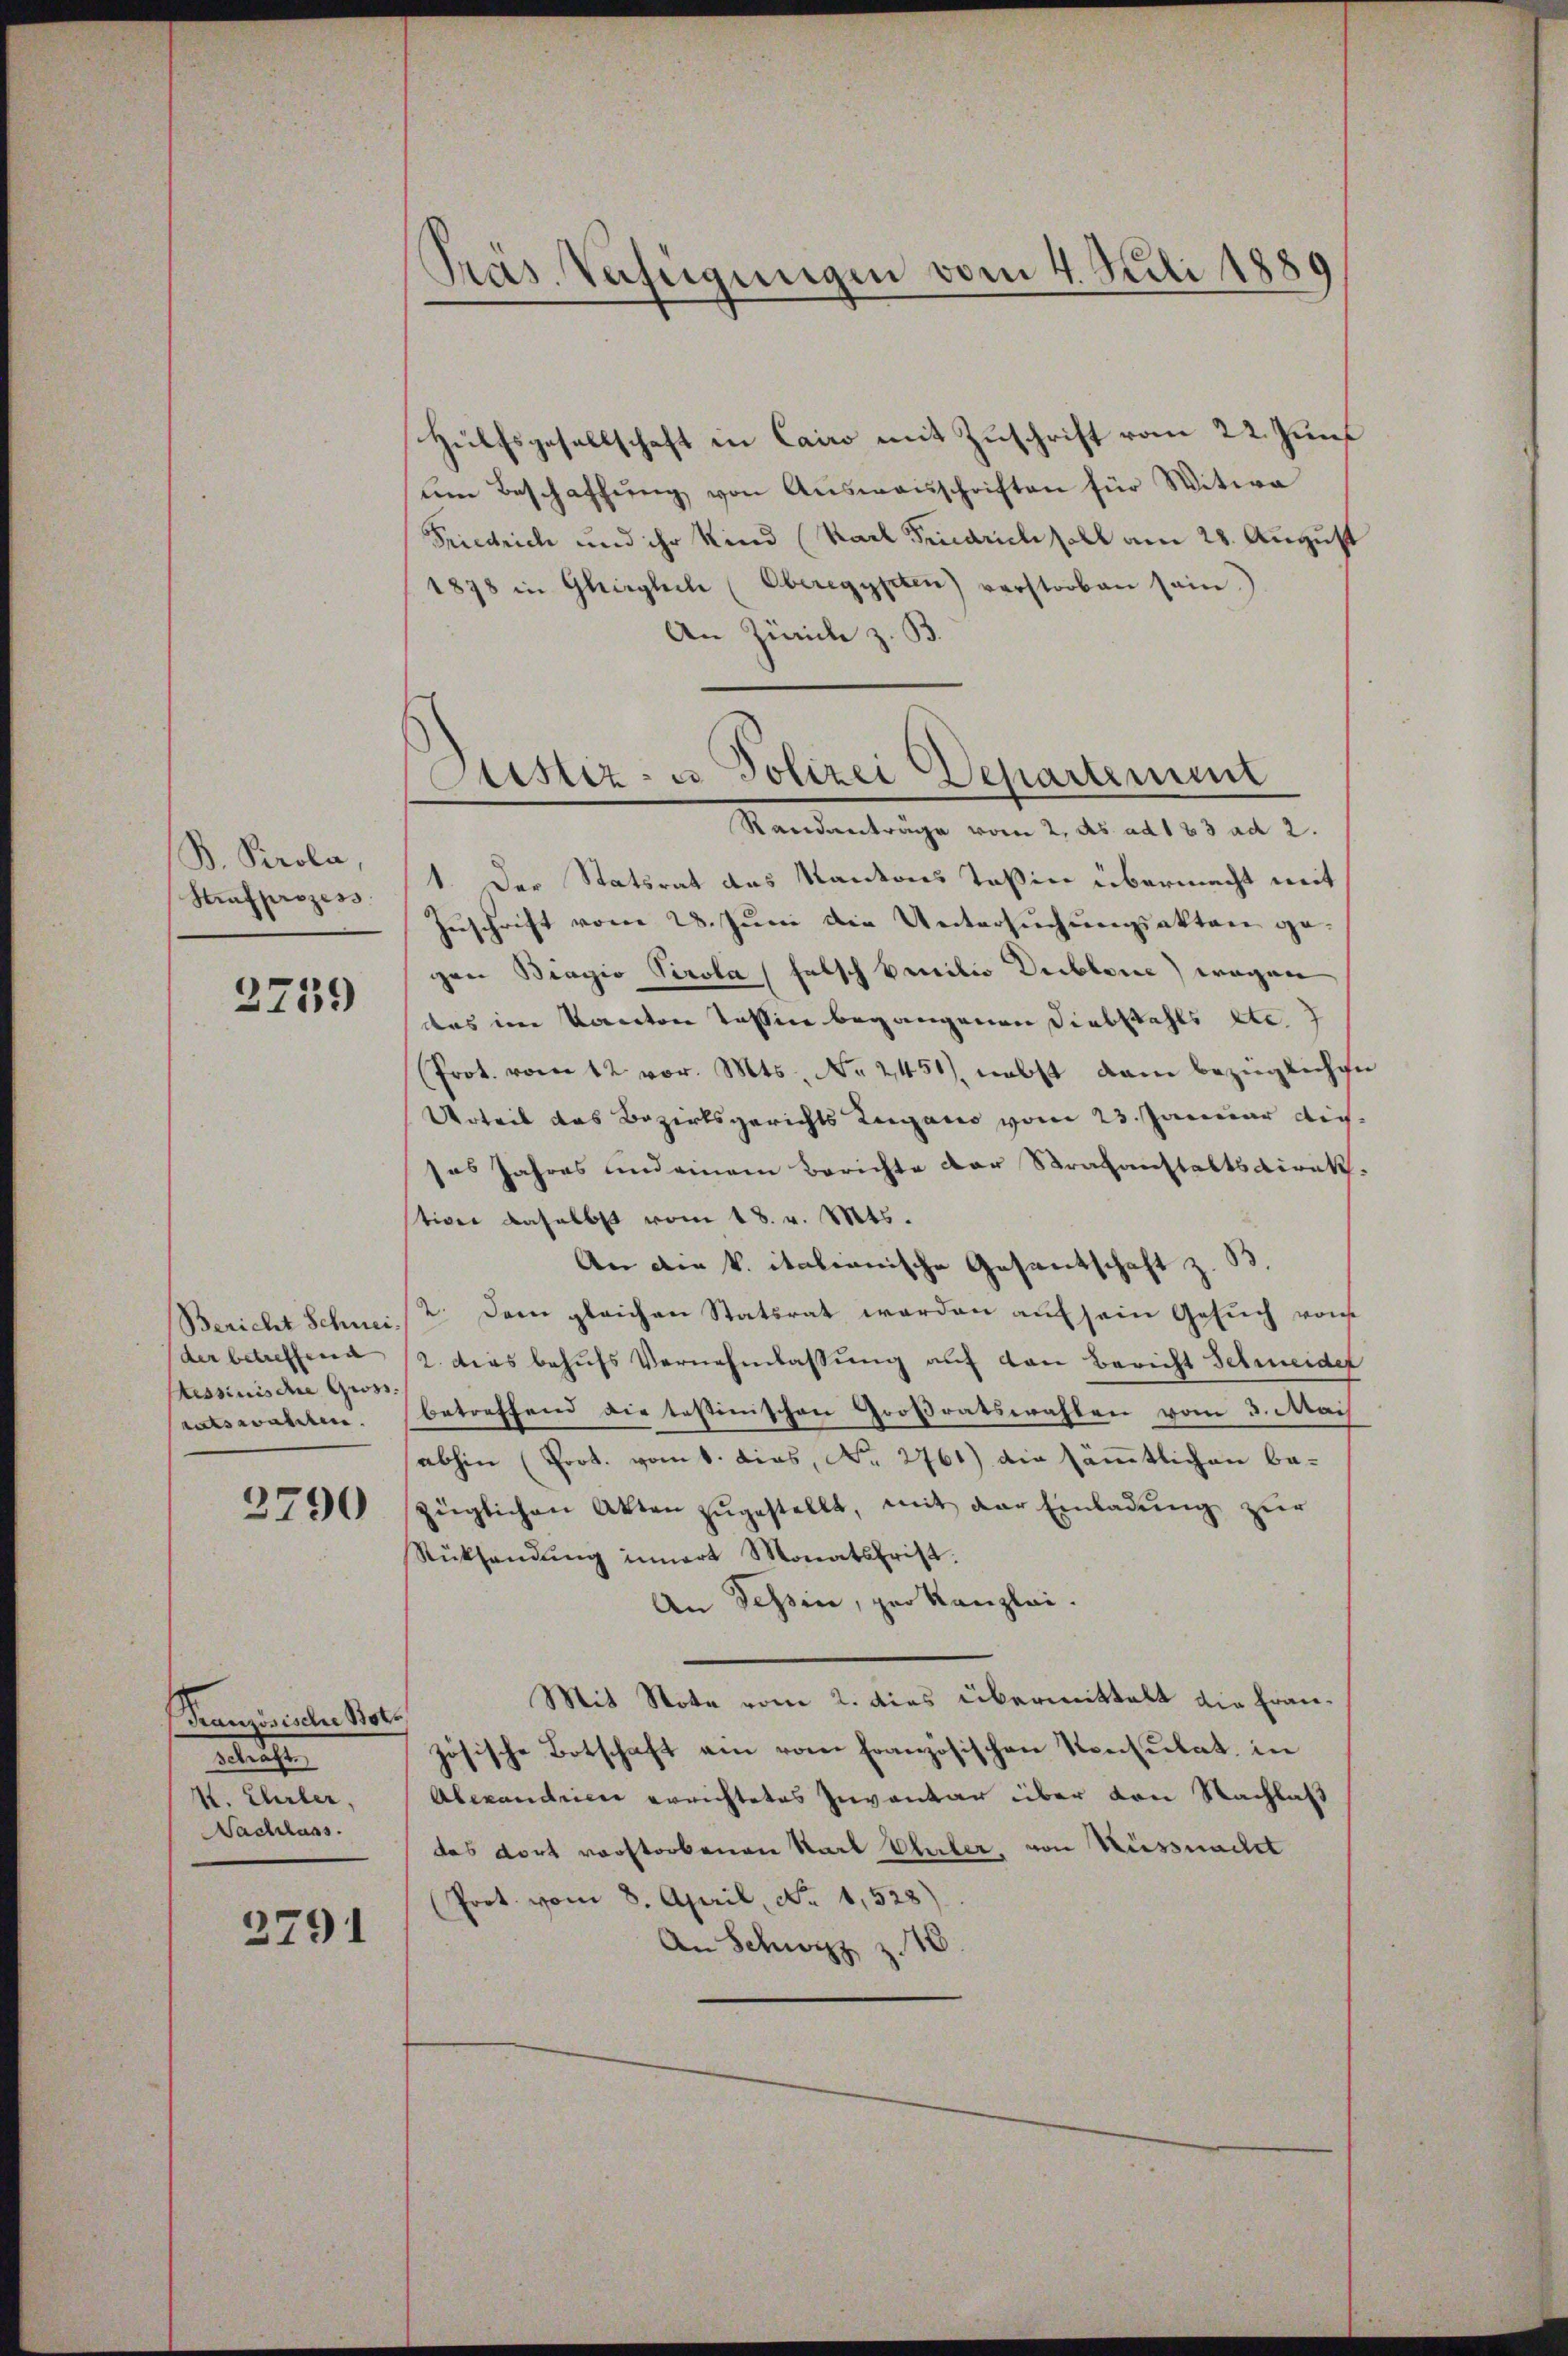
B. Perola,
Strafprozess

2759

Bericht Schnei
der betreffende |
essinische Gross.
ratswahlen.

2790

Französischen Bote
betreten
K. Ehrler,
Nachlass

2791

Präs. Verfügungen vom 4. Juli 1889

Sistiz- u. Polizei Departement

Hülfsgesellschaft in Cairo mit Zuschrift vom 22. Juni
um Beschaffŭng von Aŭsweisschriften für Witwe
Friedrich und ihr Kind (Karl Fridrich soll am 28. August
1878 in Glirglich (Oberegypten) verstorben sein.
An Zürich z. B.
Randantrage vom 2. ds. ad 133 ad 2.
1. Der Statsrat des Kantons Teßin übermacht mit
Zuschrift vom 28. Juni die Untersuchungsakten gegen Bragio Perola (falsch Emilio Diebbare) wegen
das im Kanton Tessin begangenen Diebstahls ste
(Prot. vom 12 vor. Mts. No. 2451), nebst dam bezüglichen
Urteil das Bezirksgerichts Leigano vom 23. Januar dic
sas Jahres und einem Berichte der Strafanstaltsdirekstion daselbst vom 18. v. Mts.
An die k. italianische Gesantschaft z. B.
2. Dem gleichen Statsrat werden auf sein Gesuch von
2. dies behufs Vernehmlassung auf den Bericht Schmeider
betreffend die testinischen Großratswahlen vom 3. Nach
abhin (Prot. vom 1. dies, No. 2761) die sämmtlichen bezüglichen Akten zŭgestellt, mit der Einladŭng zŭr
Rücksendŭng innert Monatsfrist.
An Tessin, per Kanzlei.
Mit Note vom 2. dies übermittelt die Französische Botschaft ein vom französischen Konsulat, in
Alexandrien errichtetes Inventar über von Nachlas
das dort vorstorbenen Start haber, von Küssnachl
Prot. vom 8. April, No. 1,528)
An Schwyz z.